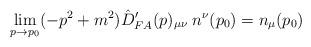
LaTeX: \begin{align*}\lim_{p \rightarrow p_0} (-p^2 + m^2) \hat{D}'_{FA}(p)_{\mu\nu}\; n^\nu(p_0) = n_\mu(p_0)\end{align*}